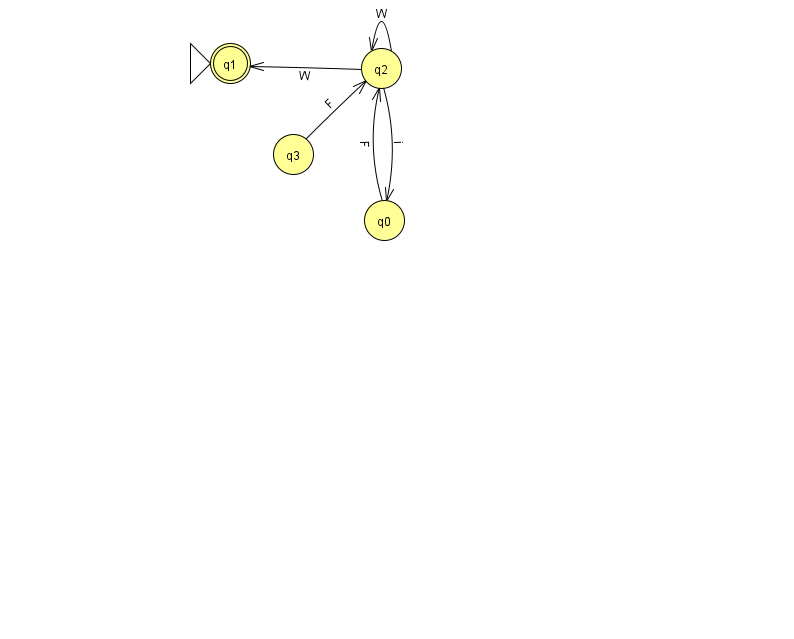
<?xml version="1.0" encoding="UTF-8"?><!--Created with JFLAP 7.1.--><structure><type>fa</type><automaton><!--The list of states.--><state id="0" name="q0"><x>384.0</x><y>207.0</y></state><state id="1" name="q1"><x>230.0</x><y>50.0</y><initial/><final/></state><state id="2" name="q2"><x>381.0</x><y>55.0</y></state><state id="3" name="q3"><x>293.0</x><y>141.0</y></state><!--The list of transitions.--><transition><from>2</from><to>0</to><read>i</read></transition><transition><from>2</from><to>2</to><read>W</read></transition><transition><from>3</from><to>2</to><read>F</read></transition><transition><from>2</from><to>1</to><read>W</read></transition><transition><from>0</from><to>2</to><read>F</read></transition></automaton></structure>